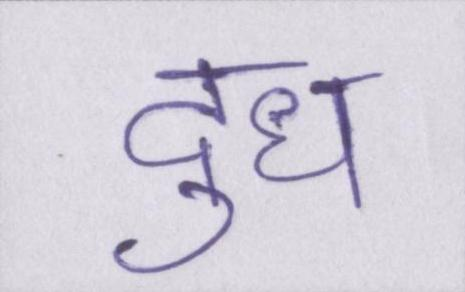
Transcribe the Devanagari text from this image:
दुध